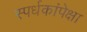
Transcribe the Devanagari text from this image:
स्पर्धकांपेक्षा